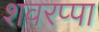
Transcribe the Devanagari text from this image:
शवरप्पा